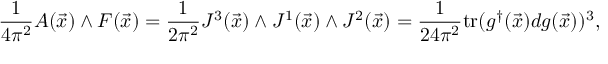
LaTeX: \frac { 1 } { 4 \pi ^ { 2 } } A ( \vec { x } ) \wedge F ( \vec { x } ) = \frac { 1 } { 2 \pi ^ { 2 } } J ^ { 3 } ( \vec { x } ) \wedge J ^ { 1 } ( \vec { x } ) \wedge J ^ { 2 } ( \vec { x } ) = \frac { 1 } { 2 4 \pi ^ { 2 } } \mathrm { t r } ( g ^ { \dagger } ( \vec { x } ) d g ( \vec { x } ) ) ^ { 3 } ,